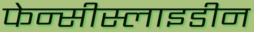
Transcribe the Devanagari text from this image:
फेन्सीस्लाइडीन